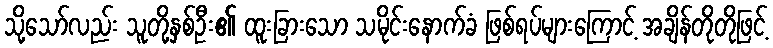
သို့သော်လည်း သူတို့နှစ်ဦး၏ ထူးခြားသော သမိုင်းနောက်ခံ ဖြစ်ရပ်များကြောင့် အချိန်တိုတိုဖြင့်